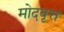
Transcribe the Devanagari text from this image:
मोदवृत्त